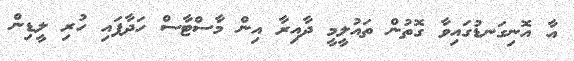
އާ އޮނިގަނޑުގައިވާ ގޮތުން ތައުލީމީ ދާއިރާ އިން މާސްޓާސް ހަދާފައި ހުރި ލީޑިން